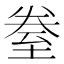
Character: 𮍢